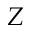
Z